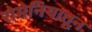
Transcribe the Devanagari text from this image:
रोमेनियातून